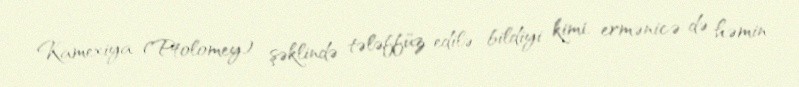
Kamexiya (Ptolomey) şəklində tələffüz edilə bildiyi kimi, ermənicə də həmin